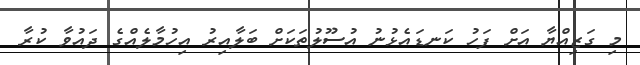
މި ގަޒިއްޔާ އަށް ފަހު ކަނޑައެޅުނު އުސޫލުތަކަށް ބަލާއިރު އިހުމާލެއްގެ ދައުވާ ކުރާ